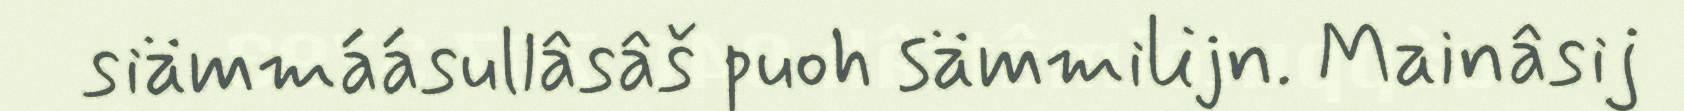
siämmáásullâsâš puoh sämmilijn. Mainâsij